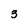
Character: 3